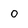
Character: o